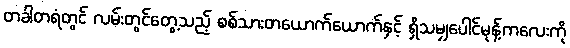
တခါတရံတွင် လမ်းတွင်တွေ့သည့် စစ်သားတယောက်ယောက်နှင့် ရှိသမျှပေါင်မုန့်ကလေးကို